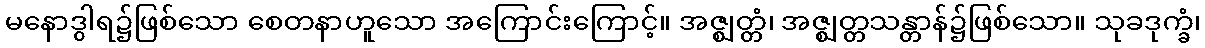
မနောဒွါရ၌ဖြစ်သော စေတနာဟူသော အကြောင်းကြောင့်။ အဇ္ဈတ္တံ၊ အဇ္ဈတ္တသန္တာန်၌ဖြစ်သော။ သုခဒုက္ခံ၊